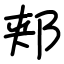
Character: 郏